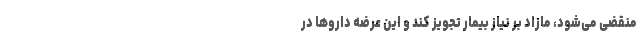
منقضی می‌شود، مازاد بر نیاز بیمار تجویز کند و این عرضه دارو‌ها در